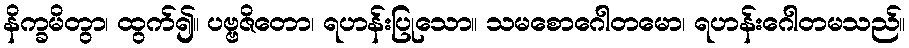
နိက္ခမိတွာ၊ ထွက်၍။ ပဗ္ဗဇိတော၊ ရဟန်းပြုသော။ သမစောဂေါတမော၊ ရဟန်းဂေါတမသည်။